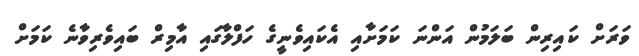
ވަރަށް ކައިރިން ބަލަމުން އަންނަ ކަމަށާއި އެކައިވެނީގެ ހަފްލާގައި އާމިރް ބައިވެރިވާނެ ކަމަށް